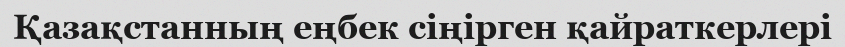
Қазақстанның еңбек сіңірген қайраткерлері